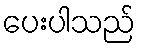
ပေးပါသည်